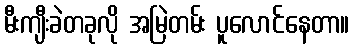
မီးကျီးခဲတခုလို အမြဲတမ်း ပူလောင်နေတာ။